Senior Leaving Certificate Examination (including Day School Certificate (Higher) General paper), 1949
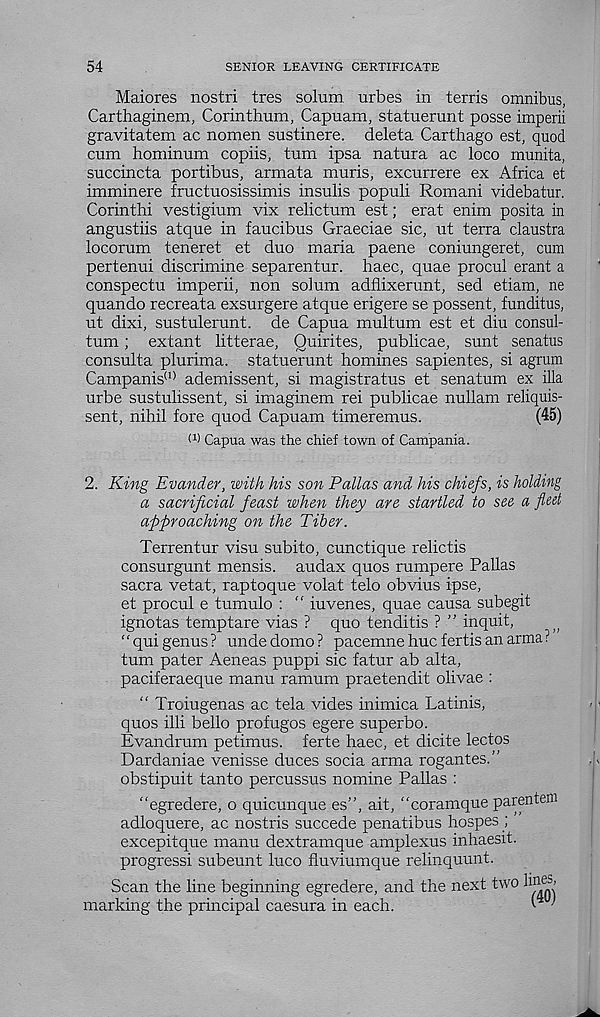
54
SENIOR LEAVING CERTIFICATE
Maiores nostri tres solum urbes in terris omnibus,
Carthaginem, Corinthum, Capuam, statuerunt posse imperii
gravitatem ac nomen sustinere. deleta Carthago est, quod
cum hominum copiis, turn ipsa natura ac loco munita,
succincta portibus, armata muris, excurrere ex Africa et
imminere fructuosissimis insulis populi Romani videbatur.
Corinthi vestigium vix relictum est; erat enim posita in
angustiis atque in faucibus Graeciae sic, ut terra claustra
locorum teneret et duo maria paene coniungeret, cum
pertenui discrimine separentur. haec, quae procul erant a
conspectu imperii, non soium adflixerunt, sed etiam, ne
quando recreata exsurgere atque erigere se possent, funditus,
ut dixi, sustulerunt. de Capua multum est et diu consul-
turn ; extant litterae, Quirites, publicae, sunt senatus
consulta plurima. statuerunt homines sapientes, si agrum
Campanis (1) ademissent, si magistratus et senatum ex ilia
urbe sustulissent, si imaginem rei publicae nullam reliquis-
sent, nihil fore quod Capuam timeremus.
(45)
W Capua was the chief town of Campania.
2. King Evander, with, his son Pallas and his chiefs, is holding
a sacrificial feast when they are startled to see a fled
approaching on the Tiber.
Terrentur visu subito, cunctique relictis
consurgunt mensis. audax quos rumpere Pallas
sacra vetat, raptoque volat telo obvius ipse,
et procul e tumulo : “ iuvenes, quae causa subegit
ignotas temptare vias ? quo tenditis ? ” inquit,
;;
“quigenus? undedomo? pacemnehucfertisanarma?
turn pater Aeneas puppi sic fatur ab alta,
paciferaeque manu ramum praetendit olivae :
“ Troiugenas ac tela vides inimica Latinis,
quos illi bello profugos egere superbo.
Evandrum petimus. ferte haec, et dicite lectos
Dardaniae venisse duces socia arma rogantes.”
obstipuit tanto percussus nomine Pallas :
“egredere, o quicunque es”, ait, “coramque parenteni
adloquere, ac nostris succede penatibus hospes ;
excepitque manu dextramque amplexus inhaesit.
progressi subeunt luco fluviumque relinquunt.
Scan the line beginning egredere, and the next two hnej”
marking the principal caesura in each.
^ ^